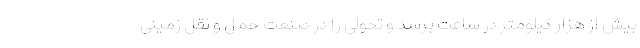
بیش از هزار کیلومتر در ساعت برسد و تحولی را در صنعت حمل و نقل زمینی